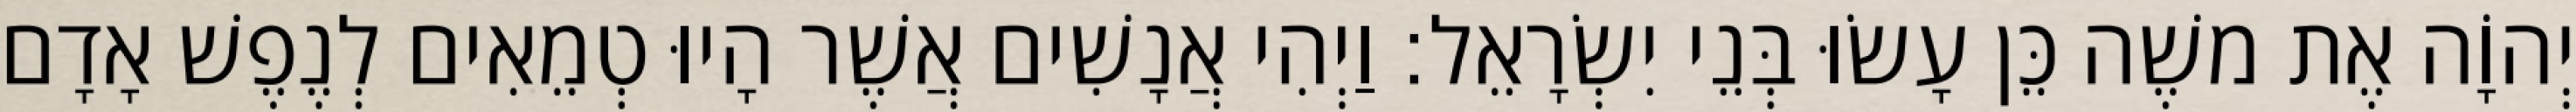
יְהוָֹה אֶת משֶׁה כֵּן עָשׂוּ בְּנֵי יִשְׂרָאֵל׃ וַיְהִי אֲנָשִׁים אֲשֶׁר הָיוּ טְמֵאִים לְנֶפֶשׁ אָדָם